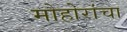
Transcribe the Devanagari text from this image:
मोहोरांचा